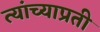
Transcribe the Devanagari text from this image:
त्यांच्याप्रती